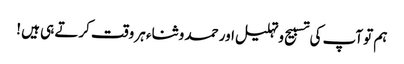
ہم تو آپ کی تسبیح و تہلیل اور حمد و ثناء ہر وقت کرتے ہی ہیں !